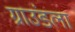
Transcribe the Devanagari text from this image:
ग्राउंडला